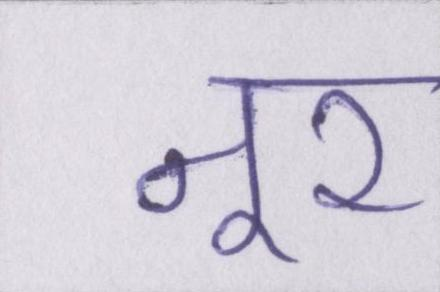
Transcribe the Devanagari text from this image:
नूर